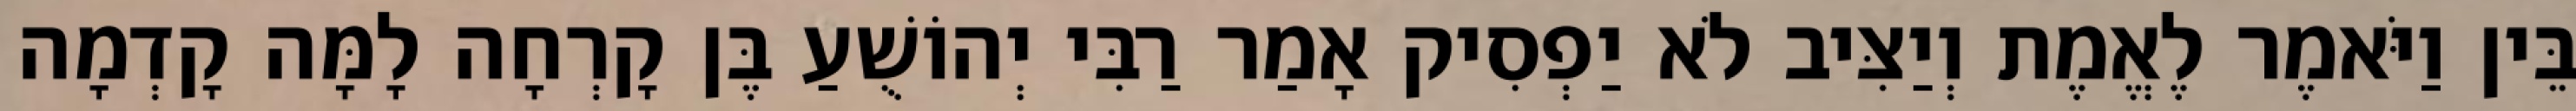
בֵּין וַיֹּאמֶר לֶאֱמֶת וְיַצִּיב לֹא יַפְסִיק אָמַר רַבִּי יְהוֹשֻׁעַ בֶּן קָרְחָה לָמָּה קָדְמָה